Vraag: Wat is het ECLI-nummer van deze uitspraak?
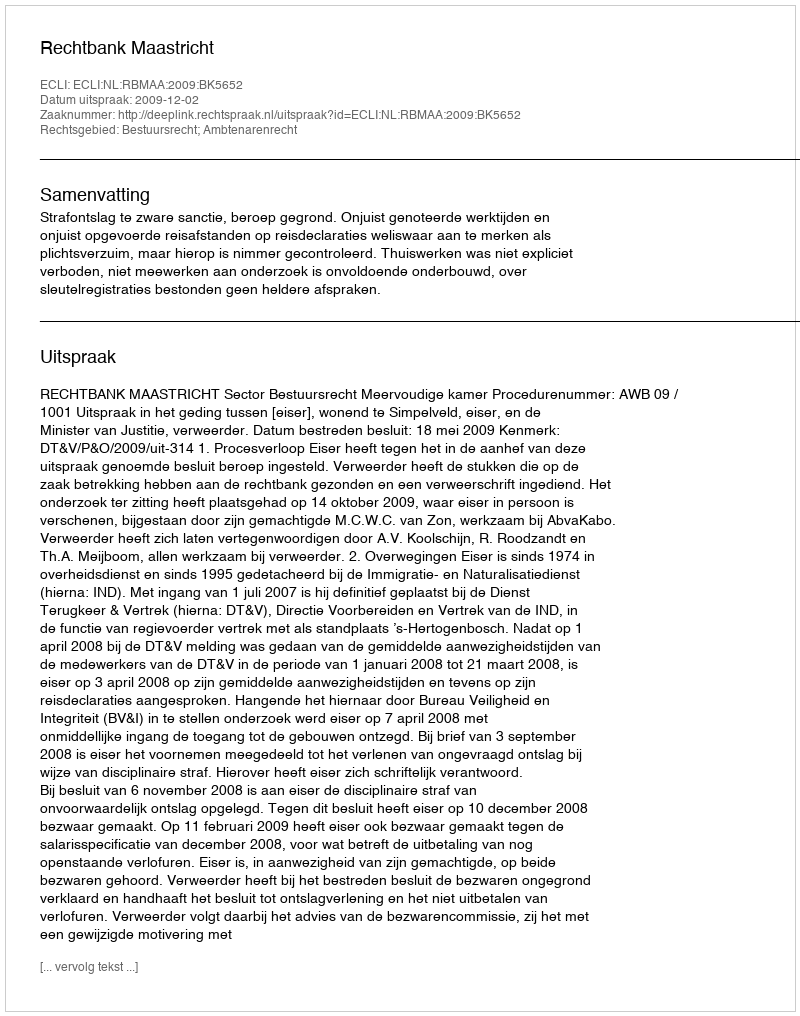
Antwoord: ECLI:NL:RBMAA:2009:BK5652